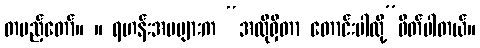
တပည့်တော်။ ။ ရဟန်းအမများက “အလိုရှိတာ တောင်းပါလို့”ဖိတ်ပါတယ်။